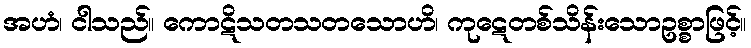
အဟံ၊ ငါသည်။ ကောဋိသတသတသောဟိ၊ ကုဋေတစ်သိန်းသောဥစ္စာဖြင့်။